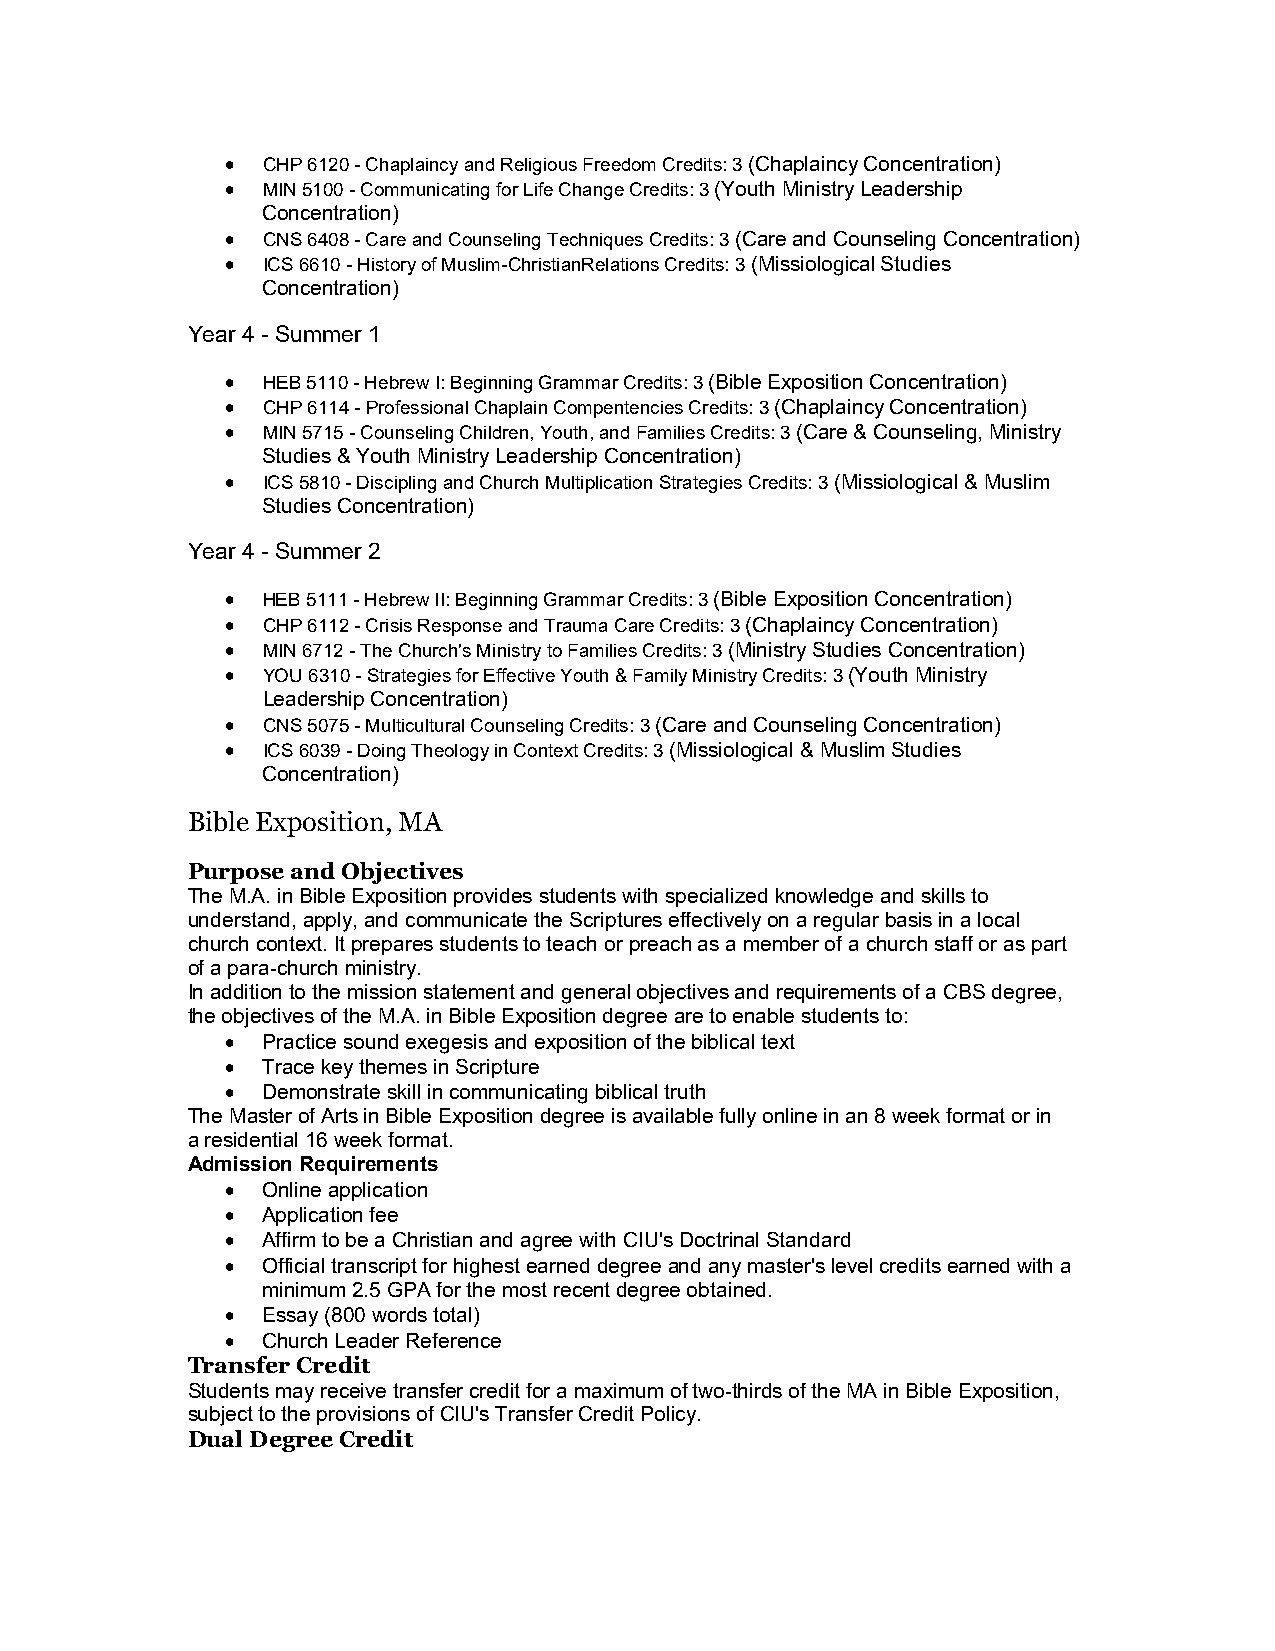
 CHP 6120 - Chaplaincy and Religious Freedom Credits: 3 (Chaplaincy Concentration)
  MIN 5100 - Communicating for Life Change Credits: 3 (Youth Ministry Leadership
 Concentration)
  CNS 6408 - Care and Counseling Techniques Credits: 3 (Care and Counseling Concentration)
  ICS 6610 - History of Muslim-ChristianRelations Credits: 3 (Missiological Studies
 Concentration)
 Year 4 - Summer 1
  HEB 5110 - Hebrew I: Beginning Grammar Credits: 3 (Bible Exposition Concentration)
  CHP 6114 - Professional Chaplain Compentencies Credits: 3 (Chaplaincy Concentration)
  MIN 5715 - Counseling Children, Youth, and Families Credits: 3 (Care & Counseling, Ministry
 Studies & Youth Ministry Leadership Concentration)
  ICS 5810 - Discipling and Church Multiplication Strategies Credits: 3 (Missiological & Muslim
 Studies Concentration)
 Year 4 - Summer 2
  HEB 5111 - Hebrew II: Beginning Grammar Credits: 3 (Bible Exposition Concentration)
  CHP 6112 - Crisis Response and Trauma Care Credits: 3 (Chaplaincy Concentration)
  MIN 6712 - The Church's Ministry to Families Credits: 3 (Ministry Studies Concentration)
  YOU 6310 - Strategies for Effective Youth & Family Ministry Credits: 3 (Youth Ministry
 Leadership Concentration)
  CNS 5075 - Multicultural Counseling Credits: 3 (Care and Counseling Concentration)
  ICS 6039 - Doing Theology in Context Credits: 3 (Missiological & Muslim Studies
 Concentration)
 Bible Exposition, MA
 Purpose and Objectives
 The M.A. in Bible Exposition provides students with specialized knowledge and skills to
 understand, apply, and communicate the Scriptures effectively on a regular basis in a local
 church context. It prepares students to teach or preach as a member of a church staff or as part
 of a para-church ministry.
 In addition to the mission statement and general objectives and requirements of a CBS degree,
 the objectives of the M.A. in Bible Exposition degree are to enable students to:
  Practice sound exegesis and exposition of the biblical text
  Trace key themes in Scripture
  Demonstrate skill in communicating biblical truth
 The Master of Arts in Bible Exposition degree is available fully online in an 8 week format or in
 a residential 16 week format.
 Admission Requirements
  Online application
  Application fee
  Affirm to be a Christian and agree with CIU's Doctrinal Standard
  Official transcript for highest earned degree and any master's level credits earned with a
 minimum 2.5 GPA for the most recent degree obtained.
  Essay (800 words total)
  Church Leader Reference
 Transfer Credit
 Students may receive transfer credit for a maximum of two-thirds of the MA in Bible Exposition,
 subject to the provisions of CIU's Transfer Credit Policy.
 Dual Degree Credit